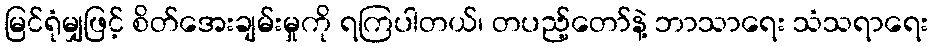
မြင်ရုံမျှဖြင့် စိတ်အေးချမ်းမှုကို ရကြပါတယ်၊ တပည့်တော်နဲ့ ဘာသာရေး သံသရာရေး